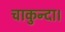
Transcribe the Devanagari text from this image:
चाकुन्दा।